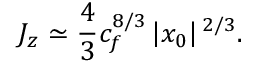
J _ { z } \simeq \frac { 4 } { 3 } c _ { f } ^ { 8 / 3 } \left| x _ { 0 } \right| { } ^ { 2 / 3 } .